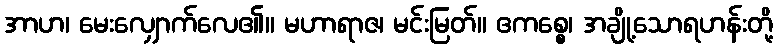
အာဟ၊ မေးလျှောက်လေ၏။ မဟာရာဇ၊ မင်းမြတ်။ ဧကစ္စေ၊ အချို့သောရဟန်းတို့